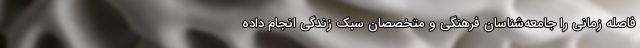
فاصله زمانی را جامعه‌شناسان فرهنگی و متخصصان سبک زندگی انجام داده